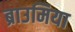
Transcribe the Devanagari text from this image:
ब्राउमिया